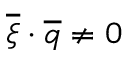
\overline { { \xi } } \cdot \overline { { q } } \neq 0